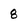
Character: 8